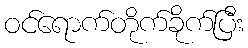
ဝင်ရောက်တိုက်ခိုက်ပြီး